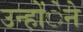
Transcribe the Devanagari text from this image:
उन्होंेने